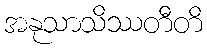
အနုသာသိဿတီတိ